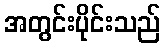
အတွင်းပိုင်းသည်